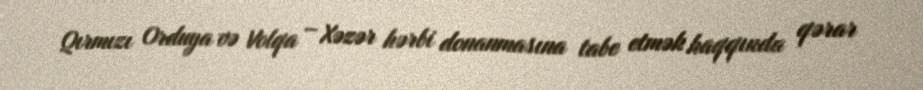
Qırmızı Orduya və Volqa – Xəzər hərbi donanmasına tabe etmək haqqında qərar